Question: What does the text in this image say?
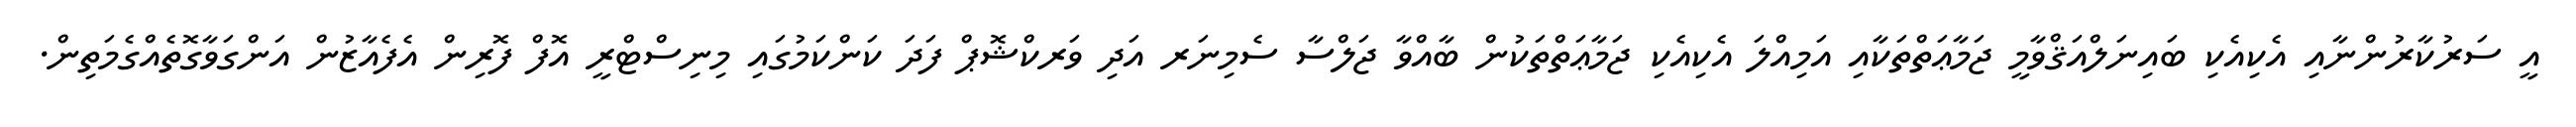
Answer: އީ ސަރުކާރުންނާއި އެކިއެކި ބައިނަލްއަޤްވާމީ ޖަމާޢަތްތަކާއި އަމިއްލަ އެކިއެކި ޖަމާޢަތްތަކުން ބާއްވާ ޖަލްސާ ސެމިނަރ އަދި ވަރކްޝޮޕް ފަދަ ކަންކަމުގައި މިނިސްޓްރީ އޮފް ފޮރިން އެފެއާޒުން އަންގަވާގޮތެއްގެމަތިން.